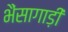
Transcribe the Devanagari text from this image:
भैंसागाड़ी